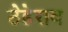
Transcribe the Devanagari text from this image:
ठेहेराव